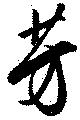
芳